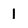
Character: 1